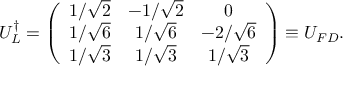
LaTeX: U _ { L } ^ { \dag } = \left( \begin{array} { c c c } { { 1 / \sqrt { 2 } } } & { { - 1 / \sqrt { 2 } } } & { { 0 } } \\ { { 1 / \sqrt { 6 } } } & { { 1 / \sqrt { 6 } } } & { { - 2 / \sqrt { 6 } } } \\ { { 1 / \sqrt { 3 } } } & { { 1 / \sqrt { 3 } } } & { { 1 / \sqrt { 3 } } } \end{array} \right) \equiv U _ { F D } .